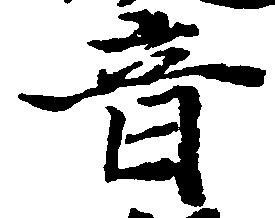
音